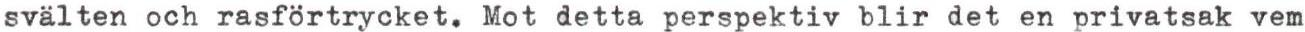
svälten och rasförtrycket. Mot detta perspektiv blir det en privatsak vem